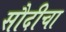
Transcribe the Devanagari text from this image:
सौदीचा